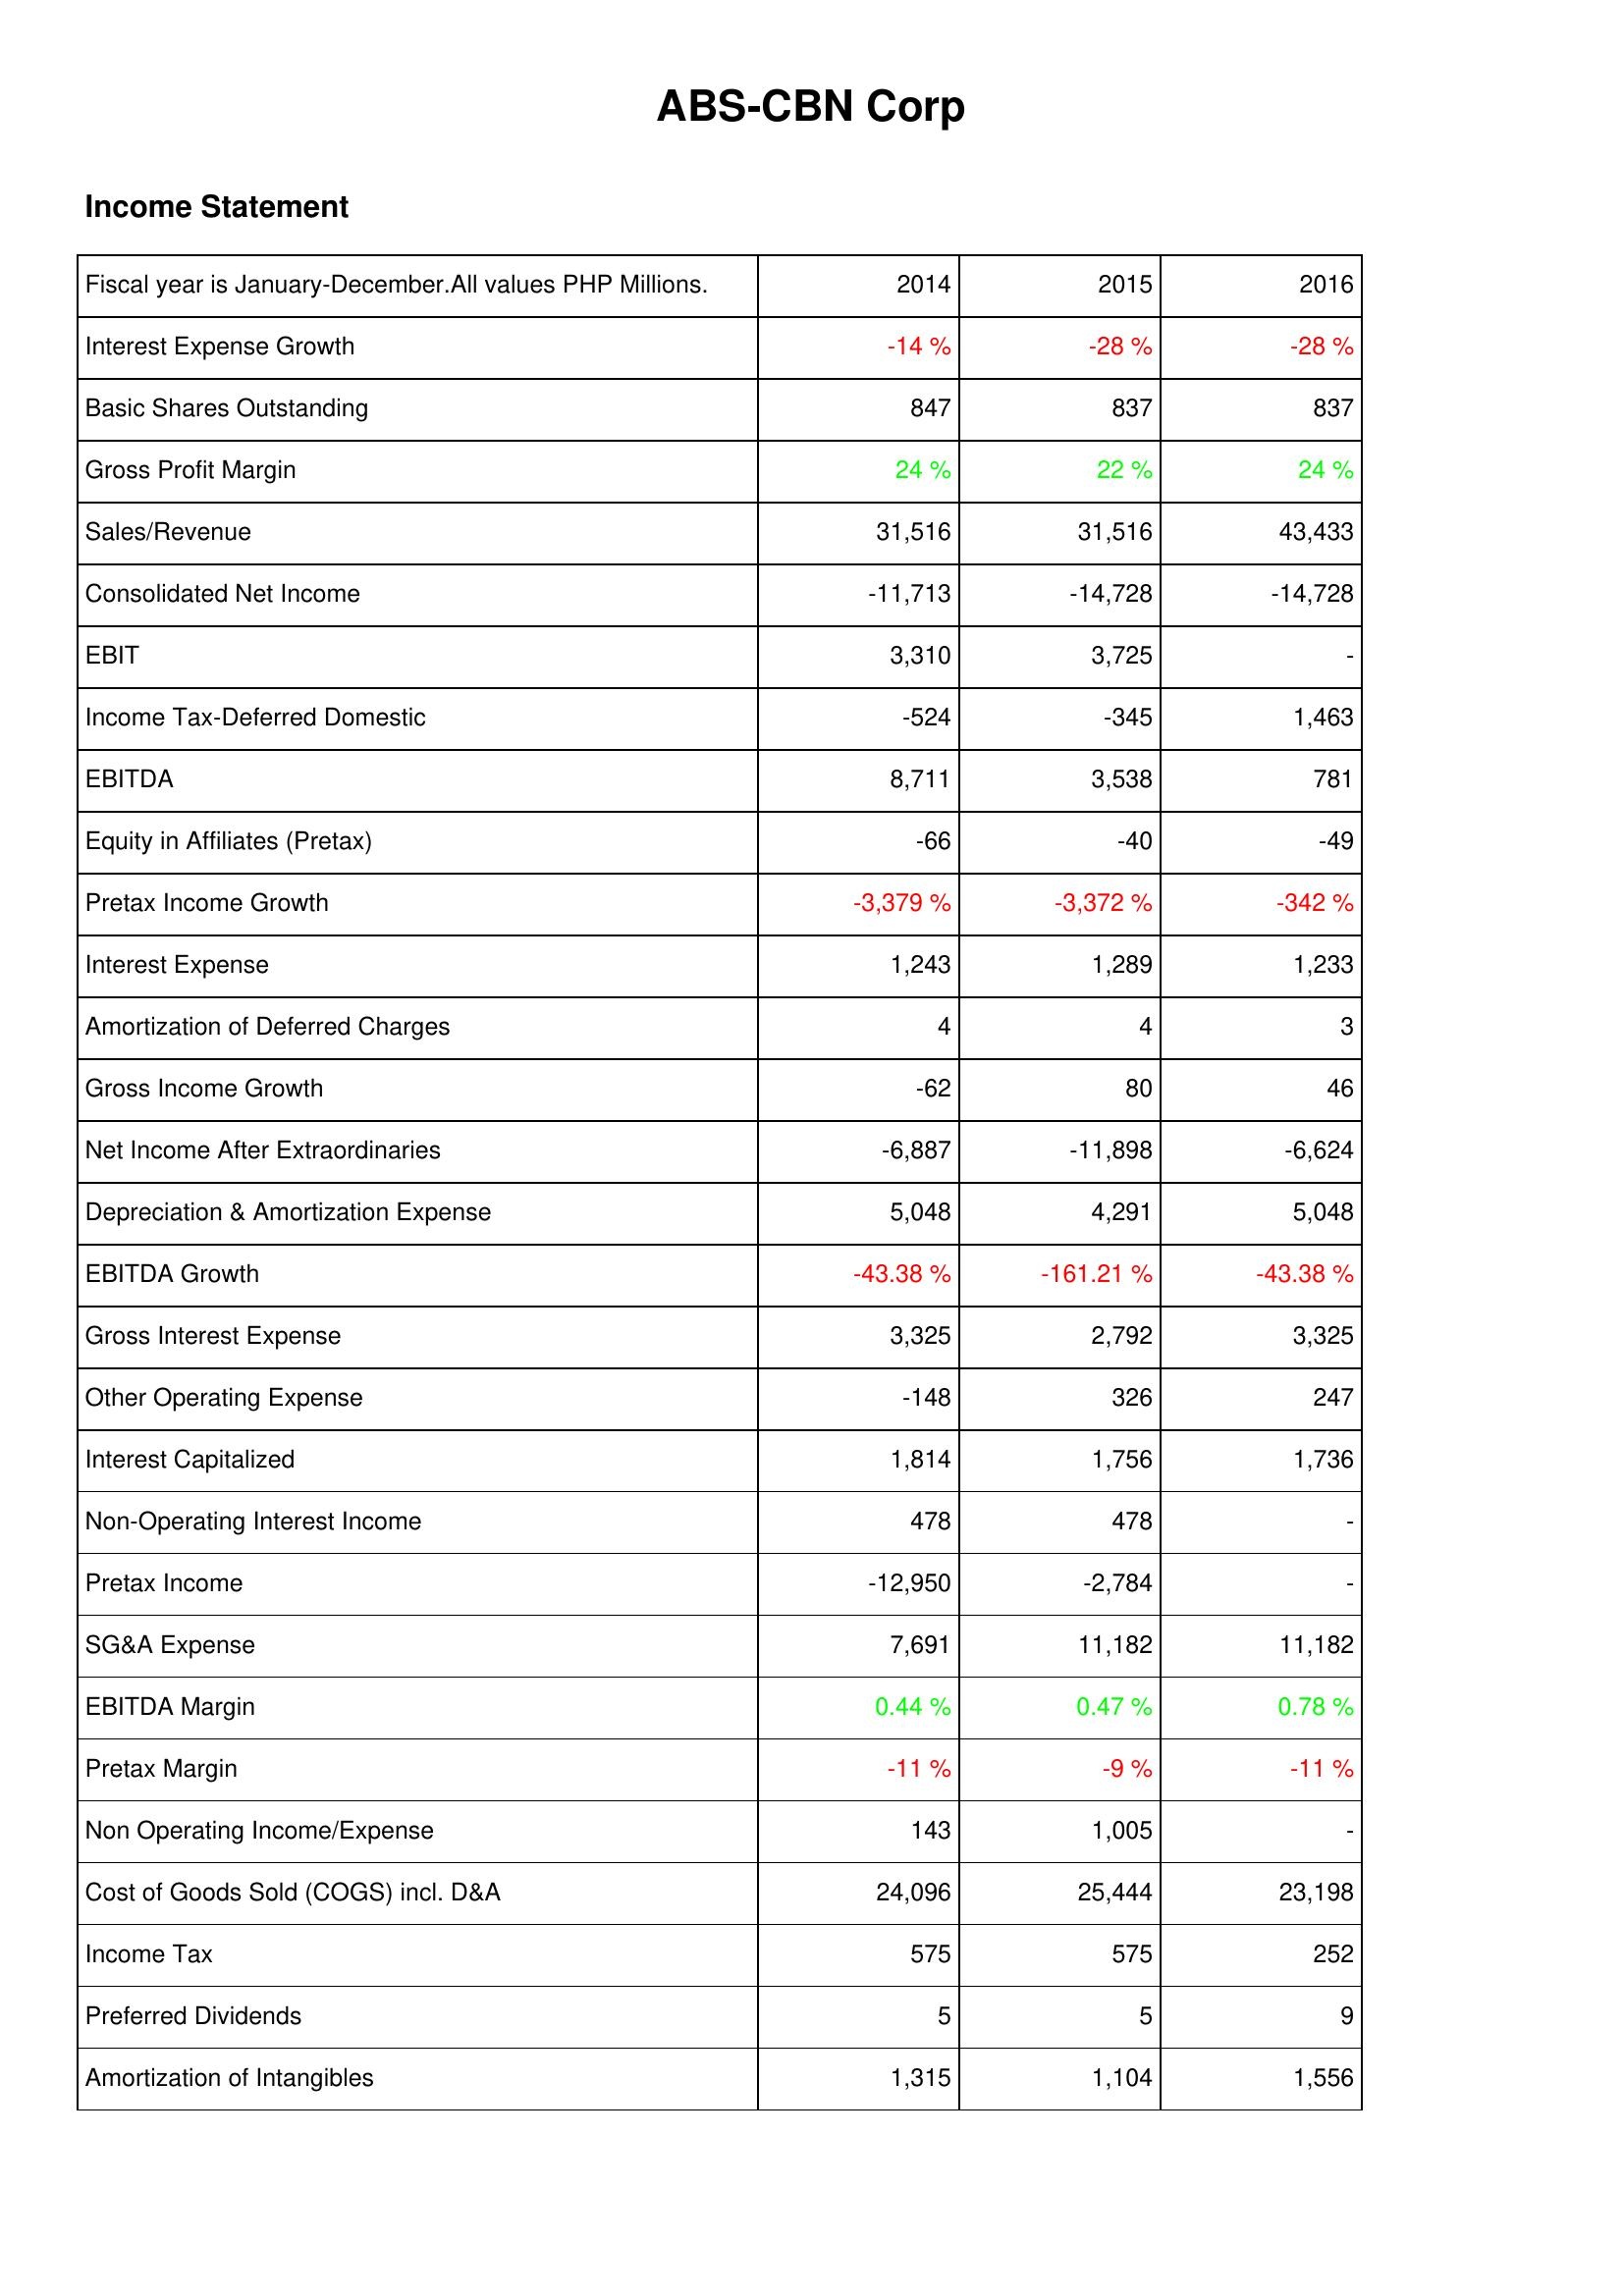
2014: Income Statement: Interest Expense Growth: -14 %
Basic Shares Outstanding: 847
Gross Profit Margin: 24 %
Sales/Revenue: 31,516
Consolidated Net Income: -11,713
EBIT: 3,310
Income Tax-Deferred Domestic: -524
EBITDA: 8,711
Equity in Affiliates (Pretax): -66
Pretax Income Growth: -3,379 %
Interest Expense: 1,243
Amortization of Deferred Charges: 4
Gross Income Growth: -62
Net Income After Extraordinaries: -6,887
Depreciation & Amortization Expense: 5,048
EBITDA Growth: -43.38 %
Gross Interest Expense: 3,325
Other Operating Expense: -148
Interest Capitalized: 1,814
Non-Operating Interest Income: 478
Pretax Income: -12,950
SG&A Expense: 7,691
EBITDA Margin: 0.44 %
Pretax Margin: -11 %
Non Operating Income/Expense: 143
Cost of Goods Sold (COGS) incl. D&A: 24,096
Income Tax: 575
Preferred Dividends: 5
Amortization of Intangibles: 1,315
2015: Income Statement: Interest Expense Growth: -28 %
Basic Shares Outstanding: 837
Gross Profit Margin: 22 %
Sales/Revenue: 31,516
Consolidated Net Income: -14,728
EBIT: 3,725
Income Tax-Deferred Domestic: -345
EBITDA: 3,538
Equity in Affiliates (Pretax): -40
Pretax Income Growth: -3,372 %
Interest Expense: 1,289
Amortization of Deferred Charges: 4
Gross Income Growth: 80
Net Income After Extraordinaries: -11,898
Depreciation & Amortization Expense: 4,291
EBITDA Growth: -161.21 %
Gross Interest Expense: 2,792
Other Operating Expense: 326
Interest Capitalized: 1,756
Non-Operating Interest Income: 478
Pretax Income: -2,784
SG&A Expense: 11,182
EBITDA Margin: 0.47 %
Pretax Margin: -9 %
Non Operating Income/Expense: 1,005
Cost of Goods Sold (COGS) incl. D&A: 25,444
Income Tax: 575
Preferred Dividends: 5
Amortization of Intangibles: 1,104
2016: Income Statement: Interest Expense Growth: -28 %
Basic Shares Outstanding: 837
Gross Profit Margin: 24 %
Sales/Revenue: 43,433
Consolidated Net Income: -14,728
EBIT: -
Income Tax-Deferred Domestic: 1,463
EBITDA: 781
Equity in Affiliates (Pretax): -49
Pretax Income Growth: -342 %
Interest Expense: 1,233
Amortization of Deferred Charges: 3
Gross Income Growth: 46
Net Income After Extraordinaries: -6,624
Depreciation & Amortization Expense: 5,048
EBITDA Growth: -43.38 %
Gross Interest Expense: 3,325
Other Operating Expense: 247
Interest Capitalized: 1,736
Non-Operating Interest Income: -
Pretax Income: -
SG&A Expense: 11,182
EBITDA Margin: 0.78 %
Pretax Margin: -11 %
Non Operating Income/Expense: -
Cost of Goods Sold (COGS) incl. D&A: 23,198
Income Tax: 252
Preferred Dividends: 9
Amortization of Intangibles: 1,556